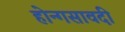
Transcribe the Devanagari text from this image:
होन्गसावदी